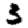
Digit: 3